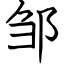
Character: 邹